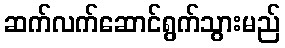
ဆက်လက်ဆောင်ရွက်သွားမည်